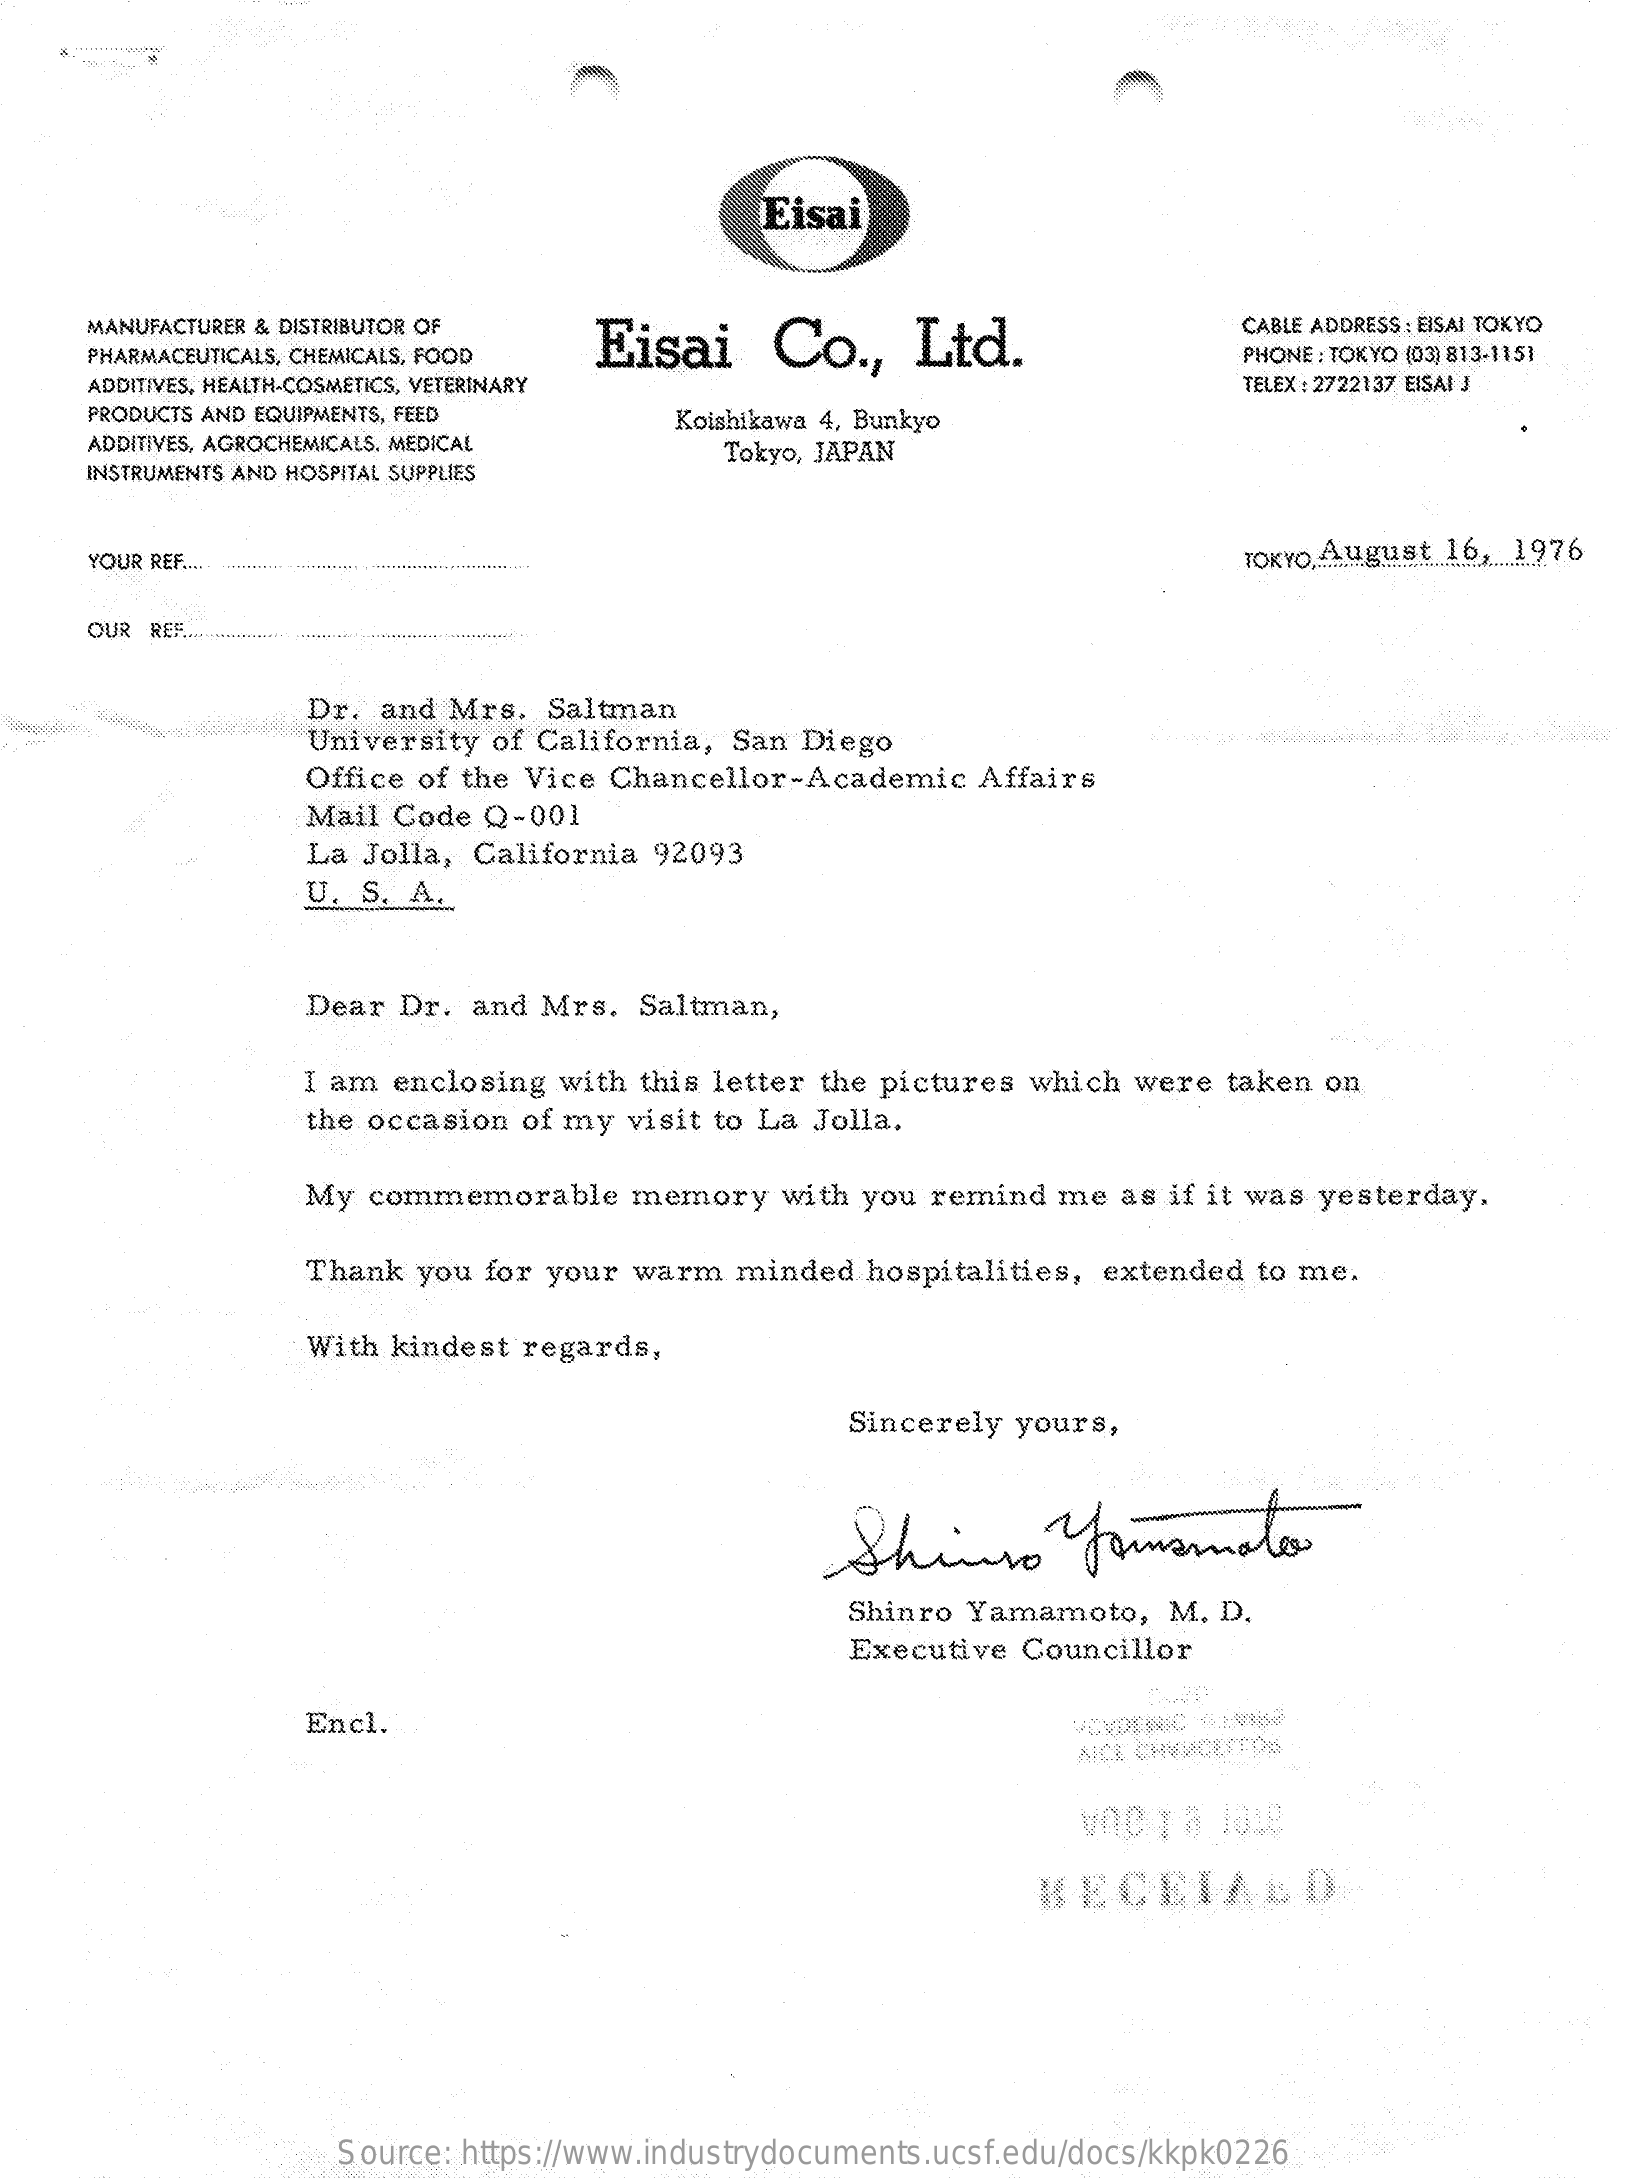
Eisai
     MANUFACTURER & DISTRIBUTOR OF
     Eisai    Co   ., Ltd.
     CABLE ADDRESS : EISAI TOKYO
     PHARMACEUTICALS, CHEMICALS, FOOD    PHONE : TOKYO (03) 813-1151
     ADDITIVES, HEALTH-COSMETICS, VETERINARY    TELEX : 2722137 EISAI J
     PRODUCTS AND EQUIPMENTS, FEED    Koishikawa 4, Bunkyo
     ADDITIVES, AGROCHEMICALS. MEDICAL
     INSTRUMENTS AND HOSPITAL SUPPLIES
     Tokyo, JAPAN
     YOUR REF ... ......................... ****..................
     TOKYO,August 16, 1976
     OUR RES .............................................
     Dr.  and Mrs.  Saltman
     University  of California, San Diego
     Office of the Vice Chancellor-Academic    Affairs
     Mail Code  Q-001
     La  Jolla, California 92093
     U.  S. A.
     Dear  Dr. and  Mrs.  Saltman,
     I am enclosing  with this letter the pictures which were taken on
     the occasion  of my visit to La Jolla.
     My  commemorable    memory    with you remind  me  as if it was yesterday,
     Thank  you for your warm   minded  hospitalities, extended to me.
     With kindest  regards,
     Sincerely yours,
     Shin    Yoursmate
     Shinro Yamamoto,    M. D.
     Executive  Councillor
     Encl.
     NICE CHEACEITO6
     wnC  ,8.1018
     HECEIABD
     Source: https://www.industrydocuments.ucsf.edu/docs/kkpk0226